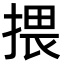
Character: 揋